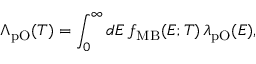
\Lambda _ { \mathrm { p O } } ( T ) = \int _ { 0 } ^ { \infty } d E \, f _ { \mathrm { M B } } ( E ; T ) \, \lambda _ { \mathrm { p O } } ( E ) ,